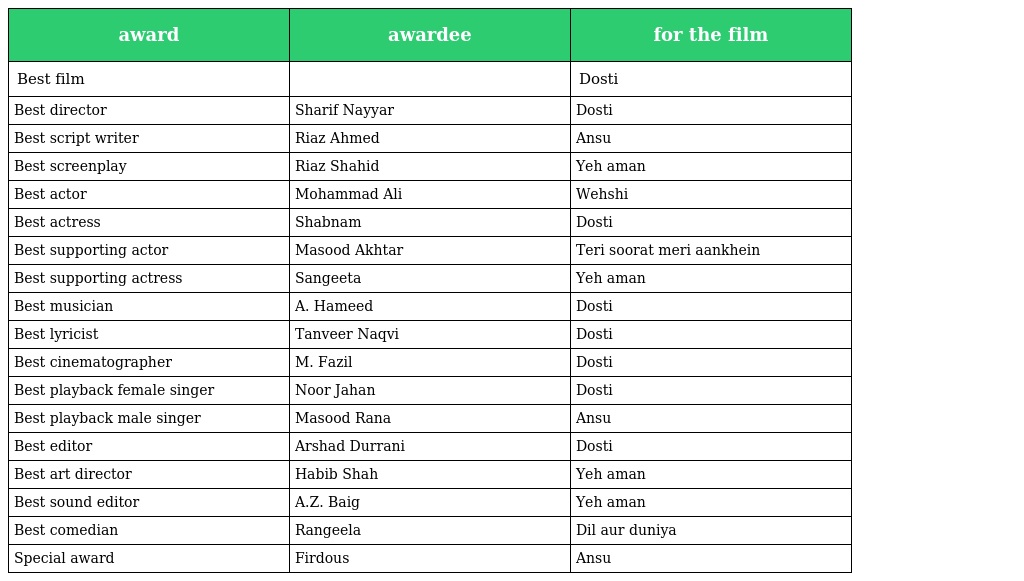
| award | awardee | for the film |
 | --- | --- | --- |
 | Best film |  | Dosti |
 | Best director | Sharif Nayyar | Dosti |
 | Best script writer | Riaz Ahmed | Ansu |
 | Best screenplay | Riaz Shahid | Yeh aman |
 | Best actor | Mohammad Ali | Wehshi |
 | Best actress | Shabnam | Dosti |
 | Best supporting actor | Masood Akhtar | Teri soorat meri aankhein |
 | Best supporting actress | Sangeeta | Yeh aman |
 | Best musician | A. Hameed | Dosti |
 | Best lyricist | Tanveer Naqvi | Dosti |
 | Best cinematographer | M. Fazil | Dosti |
 | Best playback female singer | Noor Jahan | Dosti |
 | Best playback male singer | Masood Rana | Ansu |
 | Best editor | Arshad Durrani | Dosti |
 | Best art director | Habib Shah | Yeh aman |
 | Best sound editor | A.Z. Baig | Yeh aman |
 | Best comedian | Rangeela | Dil aur duniya |
 | Special award | Firdous | Ansu |